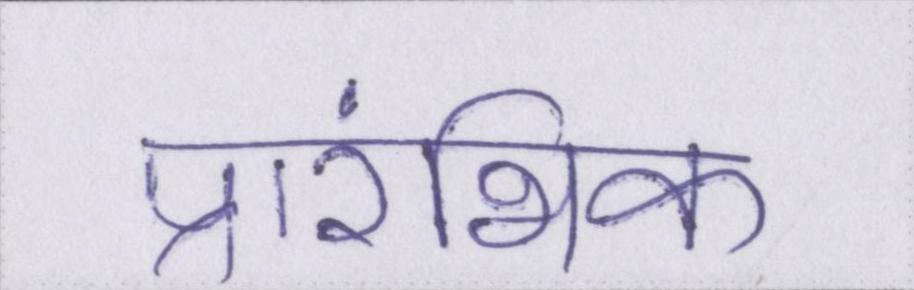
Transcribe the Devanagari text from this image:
प्रारंभिक